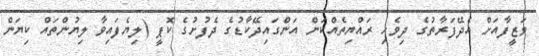
ވަޒީފާއަށް އެދޭފަރާތުގެ ދިވެހި ރައްޔިތެއްކަން އަންގައިދޭކާޑުގެ ދެފުށުގެ ކޮޕީ (ލިޔެފައިވާ ލިޔުންތައް ކިޔަން